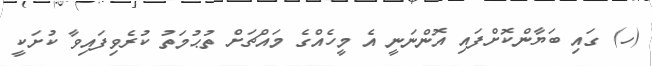
(ހ) ގައި ބަޔާންކޮށްފައި އޮންނަނީ އެ މީހެއްގެ މައްޗަށް ތުޙުމަތު ކުރެވިފައިވާ ކުށަކީ